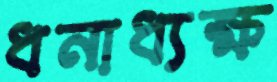
ধনাধ্যক্ষ